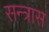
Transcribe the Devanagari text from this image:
सन्त्रास